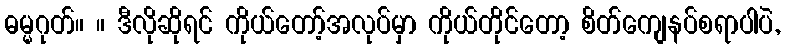
ဓမ္မဂုတ်။ ။ ဒီလိုဆိုရင် ကိုယ်တော့်အလုပ်မှာ ကိုယ်တိုင်တော့ စိတ်ကျေနပ်စရာပါပဲ,